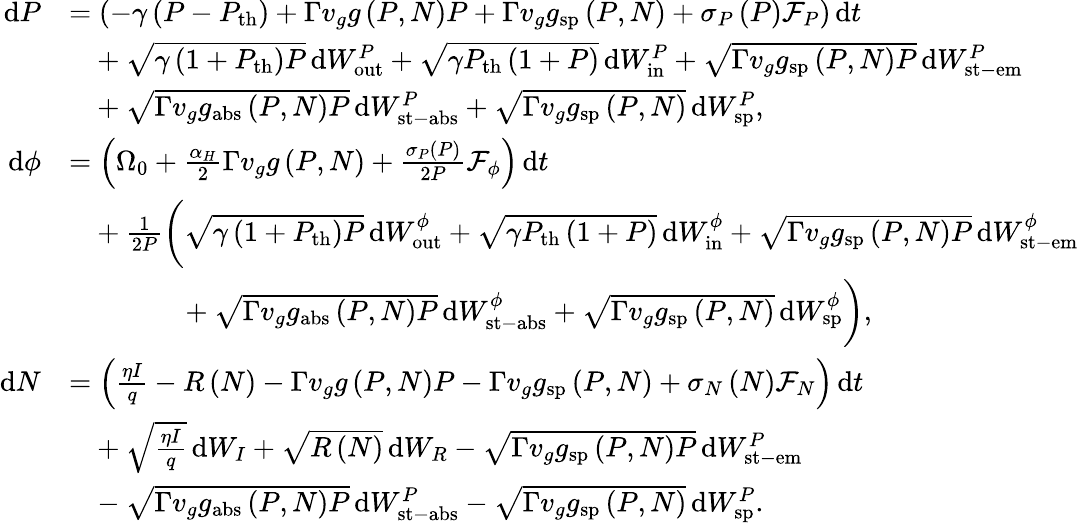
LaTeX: \begin{array}{rl}{\mathrm{d}P}&{=\left(-\gamma\left(P-P_{\mathrm{th}}\right)+\Gamma v_{g}g\left(P,N\right)P+\Gamma v_{g}g_{\mathrm{sp}}\left(P,N\right)+\sigma_{P}\left(P\right)\mathcal{F}_{P}\right)\, \mathrm{d}t}\\ &{\hphantom{=}+\sqrt{\gamma\left(1+P_{\mathrm{th}}\right)P}\, \mathrm{d}W_{\mathrm{out}}^{P}+\sqrt{\gamma P_{\mathrm{th}}\left(1+P\right)}\, \mathrm{d}W_{\mathrm{in}}^{P}+\sqrt{\Gamma v_{g}g_{\mathrm{sp}}\left(P,N\right)P}\, \mathrm{d}W_{\mathrm{st-em}}^{P}}\\ &{\hphantom{=}+\sqrt{\Gamma v_{g}g_{\mathrm{abs}}\left(P,N\right)P}\, \mathrm{d}W_{\mathrm{st-abs}}^{P}+\sqrt{\Gamma v_{g}g_{\mathrm{sp}}\left(P,N\right)}\, \mathrm{d}W_{\mathrm{sp}}^{P},}\\ {\mathrm{d}\phi}&{=\left(\Omega_{0}+\frac{\alpha_{H}}{2}\Gamma v_{g}g\left(P,N\right)+\frac{\sigma_{P}\left(P\right)}{2P}\mathcal{F}_{\phi}\right)\, \mathrm{d}t}\\ &{\hphantom{=}+\frac{1}{2P}\bigg(\sqrt{\gamma\left(1+P_{\mathrm{th}}\right)P}\, \mathrm{d}W_{\mathrm{out}}^{\phi}+\sqrt{\gamma P_{\mathrm{th}}\left(1+P\right)}\, \mathrm{d}W_{\mathrm{in}}^{\phi}+\sqrt{\Gamma v_{g}g_{\mathrm{sp}}\left(P,N\right)P}\, \mathrm{d}W_{\mathrm{st-em}}^{\phi}}\\ &{\hphantom{=+\frac{1}{2P}\bigg(}+\sqrt{\Gamma v_{g}g_{\mathrm{abs}}\left(P,N\right)P}\, \mathrm{d}W_{\mathrm{st-abs}}^{\phi}+\sqrt{\Gamma v_{g}g_{\mathrm{sp}}\left(P,N\right)}\, \mathrm{d}W_{\mathrm{sp}}^{\phi}\bigg),}\\ {\mathrm{d}N}&{=\left(\frac{\eta I}{q}-R\left(N\right)-\Gamma v_{g}g\left(P,N\right)P-\Gamma v_{g}g_{\mathrm{sp}}\left(P,N\right)+\sigma_{N}\left(N\right)\mathcal{F}_{N}\right)\, \mathrm{d}t}\\ &{\hphantom{=}+\sqrt{\frac{\eta I}{q}}\, \mathrm{d}W_{I}+\sqrt{R\left(N\right)}\, \mathrm{d}W_{R}-\sqrt{\Gamma v_{g}g_{\mathrm{sp}}\left(P,N\right)P}\, \mathrm{d}W_{\mathrm{st-em}}^{P}}\\ &{\hphantom{=}-\sqrt{\Gamma v_{g}g_{\mathrm{abs}}\left(P,N\right)P}\, \mathrm{d}W_{\mathrm{st-abs}}^{P}-\sqrt{\Gamma v_{g}g_{\mathrm{sp}}\left(P,N\right)}\, \mathrm{d}W_{\mathrm{sp}}^{P}.}\end{array}